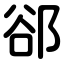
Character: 郤